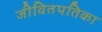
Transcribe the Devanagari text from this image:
जीवितपतिका